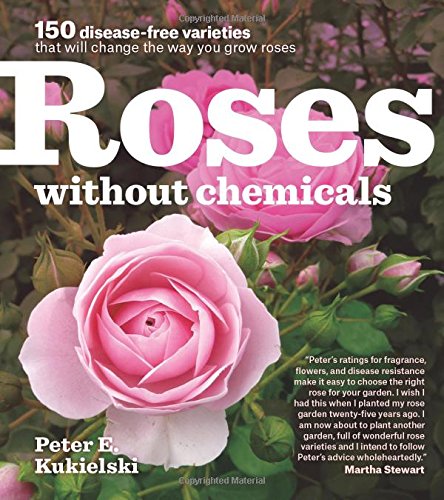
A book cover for Roses Without Chemicals: 150 Disease-Free Varieties That Will Change the Way You Grow Roses; Peter Kukielski; Crafts, Hobbies & Home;